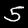
Label: 5